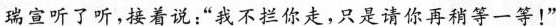
瑞宣听了听，接着说:“我不拦你走，只是请你再稍等一等!”